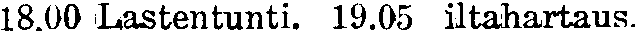
18.00 Lastentunti. 19.05 iltahartaus.